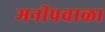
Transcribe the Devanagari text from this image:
मनीप्रवाळा